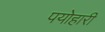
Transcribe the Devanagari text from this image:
पयोहारी